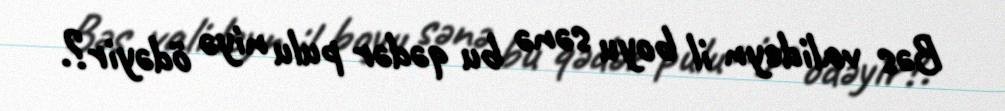
Bəs valideyn il boyu sənə bu qədər pulu niyə ödəyir?.